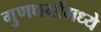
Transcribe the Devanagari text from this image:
गुणधर्मांमध्ये